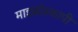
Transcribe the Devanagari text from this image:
माइक्रोस्कापी